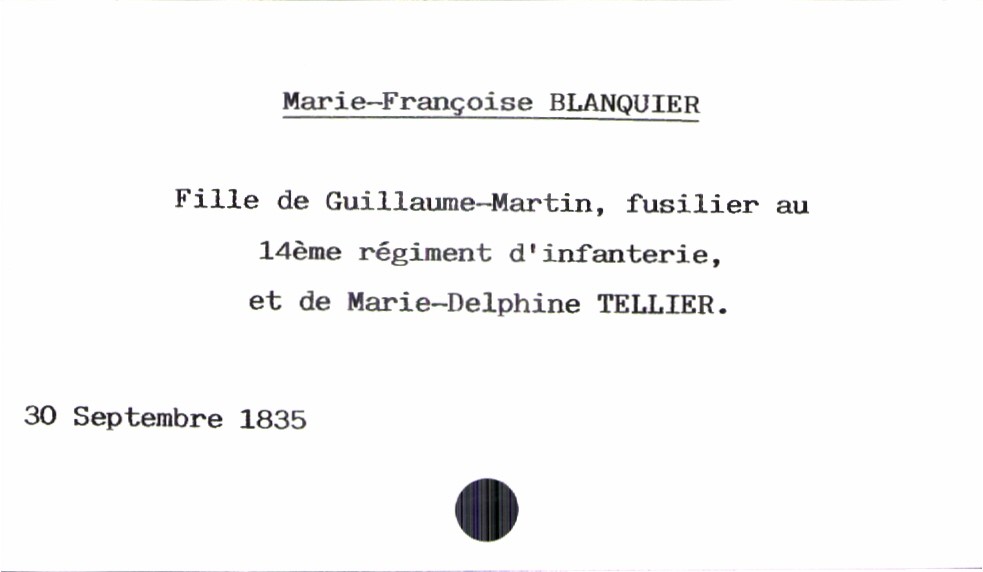
type_acte: Baptême
filiation: fille
enfant_prénom: Marie-Françoise
enfant_date_de_naissance: 30 septembre 1835
père_enfant_nom: Blanquier
père_enfant_prénom: Guillaume-Martin
père_enfant_profession: fusilier au 14ème régiment d'infanterie
mère_enfant_nom: Tellier
mère_enfant_prénom: Marie-Delphine